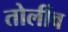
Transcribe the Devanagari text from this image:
तोर्लीव